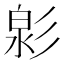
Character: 㣐